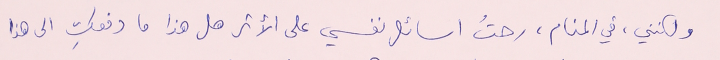
ولكنني، في المنام، رحتُ اسائل نفسي على الأثر هل هذا ما دفعكِ الى هذا